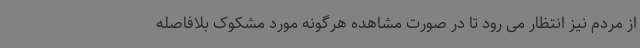
از مردم نیز انتظار می رود تا در صورت مشاهده هرگونه مورد مشکوک بلافاصله